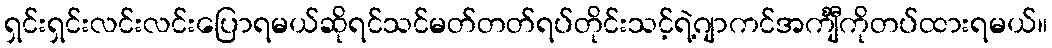
ရှင်းရှင်းလင်းလင်းပြောရမယ်ဆိုရင်သင်မတ်တတ်ရပ်တိုင်းသင့်ရဲ့ဂျာကင်အင်္ကျီကိုတပ်ထားရမယ်။